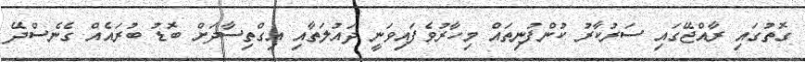
ގޮތުގައި ރާއްޖޭގައި ސަރުކާރު ކުންފުނިތައް މިހާރުވެފައިވަނީ ދައުލަތާއި އިގްތިސާދަށް ބޮޑު ބުރައެއް ގެނެސްދޭ